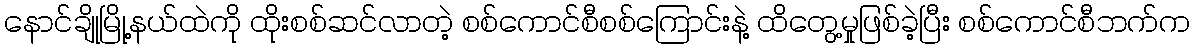
နောင်ချိုမြို့နယ်ထဲကို ထိုးစစ်ဆင်လာတဲ့ စစ်ကောင်စီစစ်ကြောင်းနဲ့ ထိတွေ့မှုဖြစ်ခဲ့ပြီး စစ်ကောင်စီဘက်က